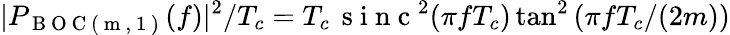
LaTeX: |P_{\mathrm{~B~O~C~(~m~,~1~)~}}(f)|^{2}/T_{c}=T_{c}\, \mathrm{~s~i~n~c~}^{2}(\pi fT_{c})\tan^{2}\left(\pi fT_{c}/(2m)\right)